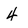
Character: 4